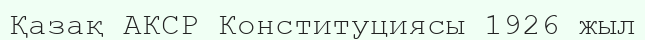
Қазақ АКСР Конституциясы 1926 жыл